Indian journal of veterinary science and animal husbandry - Volume 7,
Year: 1937
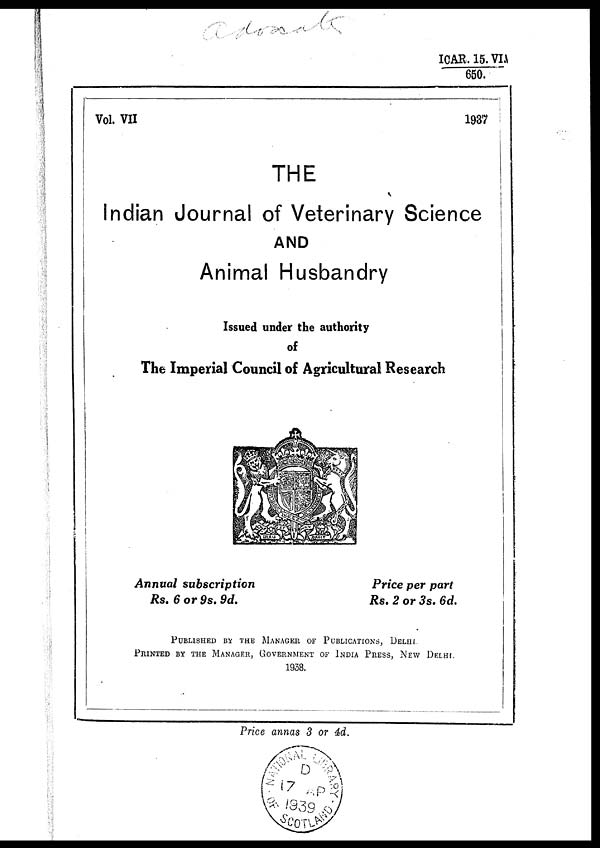
ICAR. 15. VIA
650.
Vol. VII
1937
THE
Indian Journal of Veterinary Science
AND
Animal Husbandry
Issued under the authority
of
The Imperial Council of Agricultural Research
Annual subscription
Price per part
Rs. 6 or 9s. 9d.
Rs. 2 or 3s. 6d.
PUBLISHED BY THE MANAGER OF PUBLICATION, DELHI.
PRINTED BY THE MANAGER, GOVERNMENT OF INDIA PRESS, NEW DELHI.
1938.
Price annas 3 or 4d.